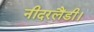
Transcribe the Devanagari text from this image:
नीदरलैंडी।